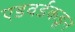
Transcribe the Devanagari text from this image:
एडवर्डकडून